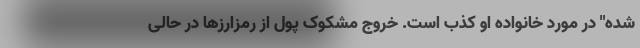
شده" در مورد خانواده‌ او کذب است. خروج مشکوک پول از رمزارزها در حالی